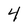
Character: 4